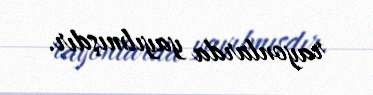
rayonlarda yayılmışdır.